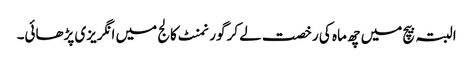
البتہ بیچ میں چھ ماہ کی رخصت لے کر گورنمنٹ کالج میں انگریزی پڑھائی۔